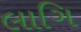
લાગિ